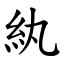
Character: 紈